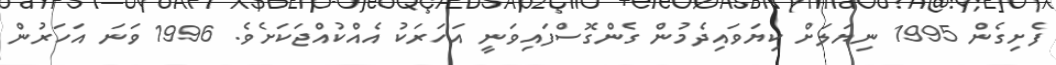
ފެށިގެން 1995 ނިޔަލަށް ކިޔަވައިދެމުން ގެންގޮސްފައިވަނީ އަހަރަކު އެއްކުއްޖަކަށެވެ. 1996 ވަނަ އަހަރުން